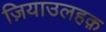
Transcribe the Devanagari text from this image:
ज़ियाउलहक़